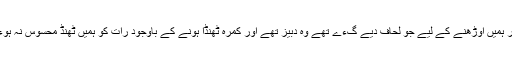
مگر ہمیں اوڑھنے کے لیے جو لحاف دیے گءے تھے وہ دبیز تھے اور کمرہ ٹھنڈا ہونے کے باوجود رات کو ہمیں ٹھنڈ محسوس نہ ہوءی۔